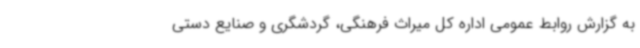
به گزارش روابط عمومی اداره کل میراث فرهنگی، گردشگری و صنایع دستی